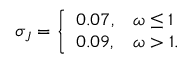
\sigma _ { J } = \left\{ \begin{array} { l l } { 0 . 0 7 , } & { \omega \leq 1 } \\ { 0 . 0 9 , } & { \omega > 1 . } \end{array} \right.